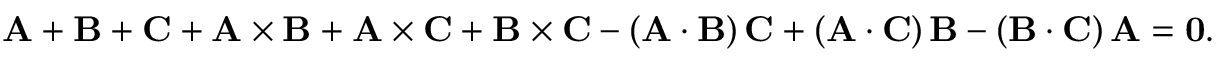
\bf { A } + \bf { B } + \bf { C } + \bf { A } \times \bf { B } + \bf { A } \times \bf { C } + \bf { B } \times \bf { C } - ( \bf { A } \cdot \bf { B } ) \, \bf { C } + ( \bf { A } \cdot \bf { C } ) \, \bf { B } - ( \bf { B } \cdot \bf { C } ) \, \bf { A } = 0 .